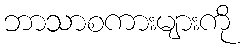
ဘာသာစကားများကို